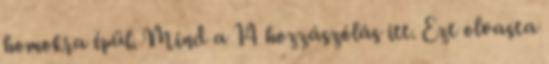
homokra épül. Mind a 14 hozzászólás itt. Ezt olvasta